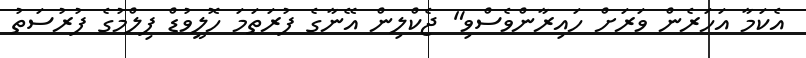
އެކަމާ އަހަރެން ވަރަށް ހައިރާންވެސްވި" ޖެކްލިން އޭނާގެ ފުރަތަމަ ހޮލީވުޑް ފިލްމުގެ ފުރުސަތު